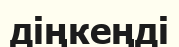
діңкеңді